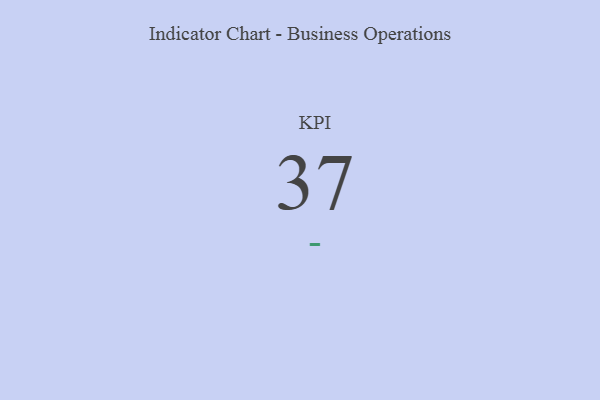
{"axis": {"x": "KPI", "y": "Value"}, "legend": [""], "data": [{"x": "KPI", "y": 37, "type": ""}]}